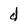
Character: d